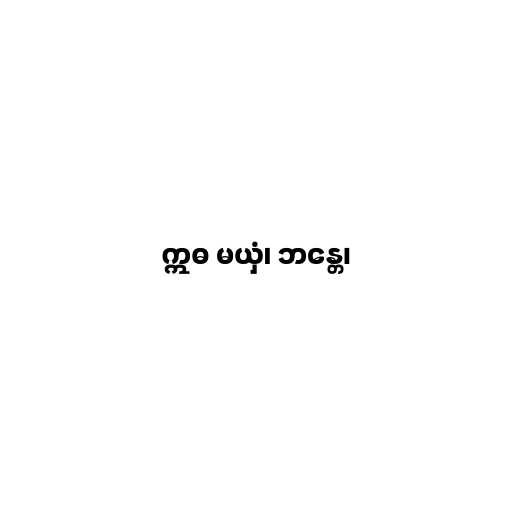
ဣဓ မယှံ၊ ဘန္တေ၊